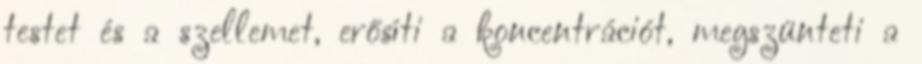
testet és a szellemet, erősíti a koncentrációt, megszünteti a